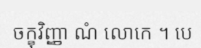
ចក្ខុវិញ្ញា ណំ លោកេ ។ បេ